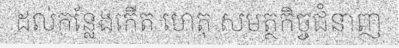
ដល់កន្លែងកើត ហេតុ សមត្ថកិច្ចជំនាញ